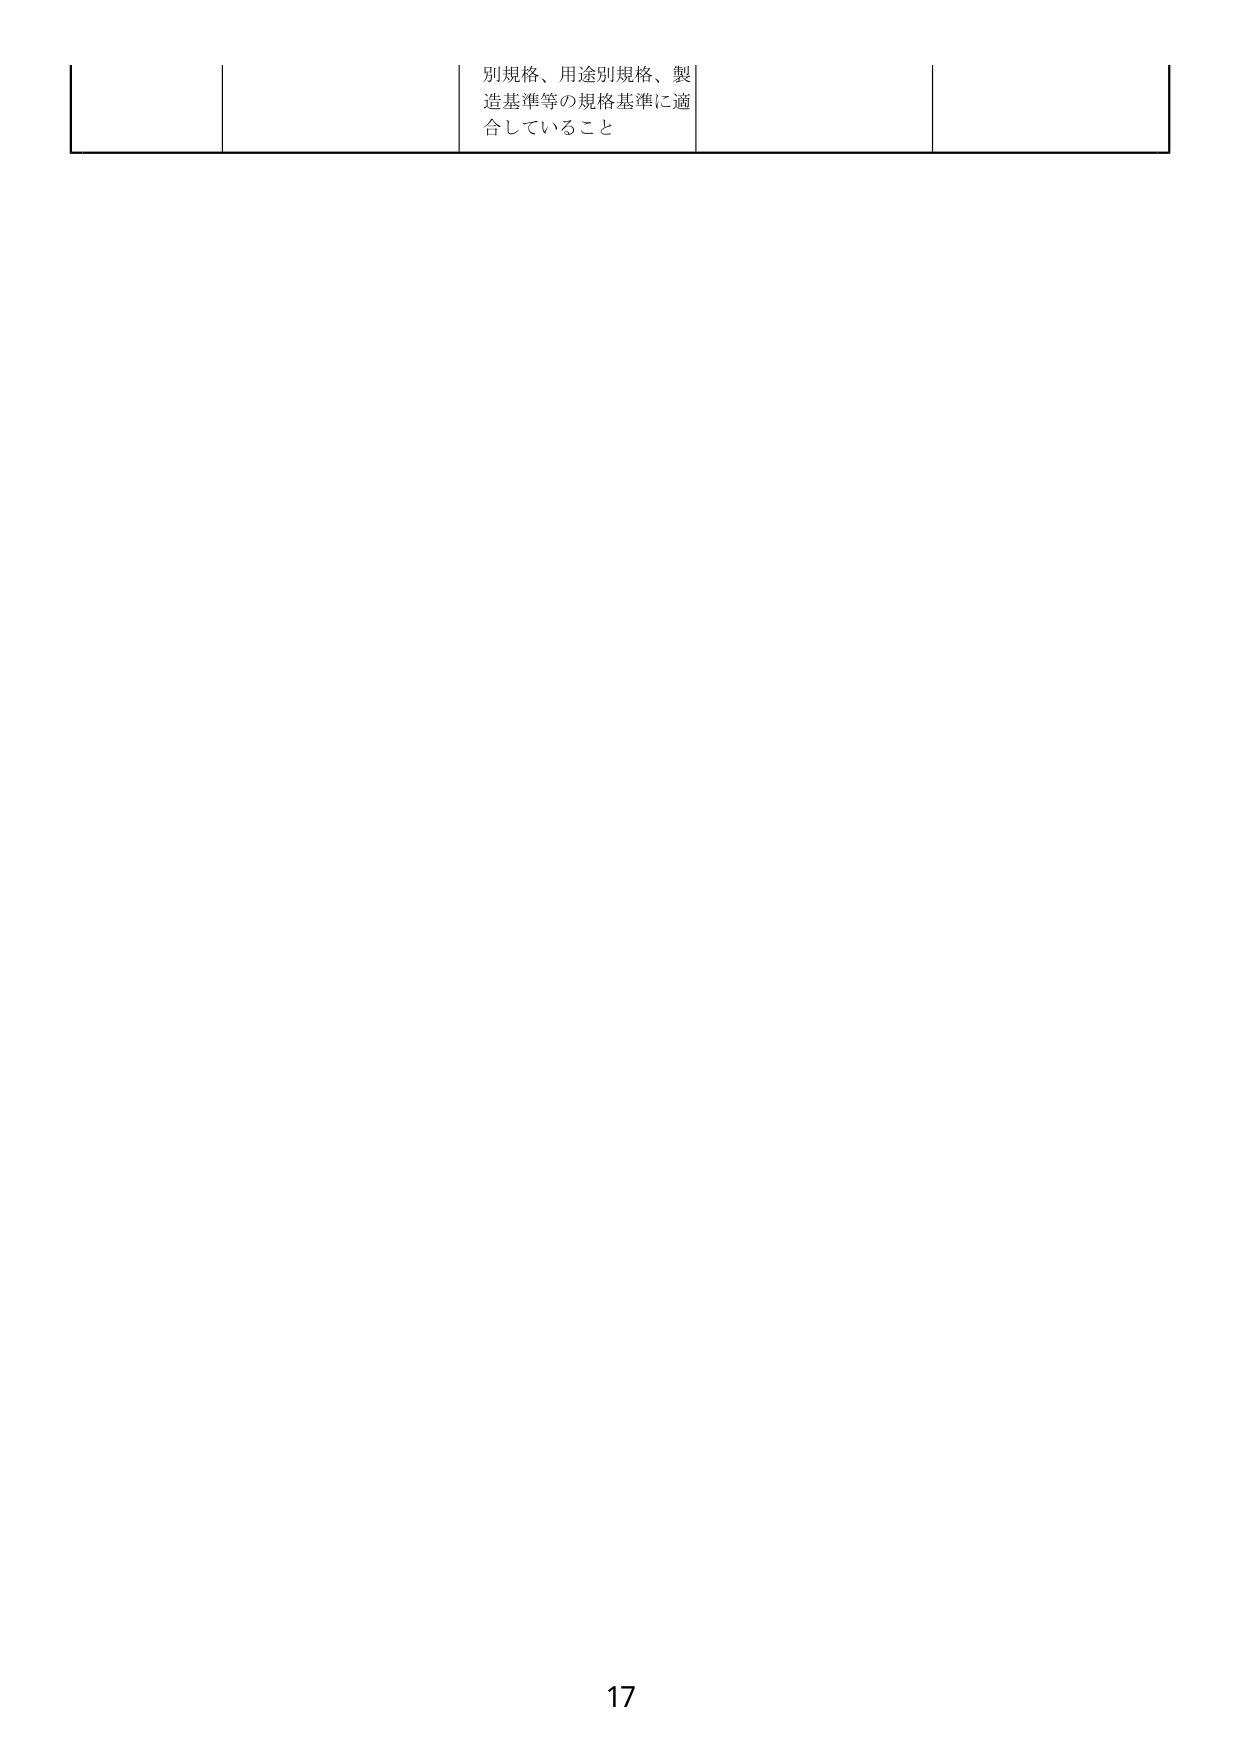
別規格、用途別規格、製造基準等の規格基準に適合していること

17